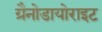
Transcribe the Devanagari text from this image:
ग्रैनोडायोराइट